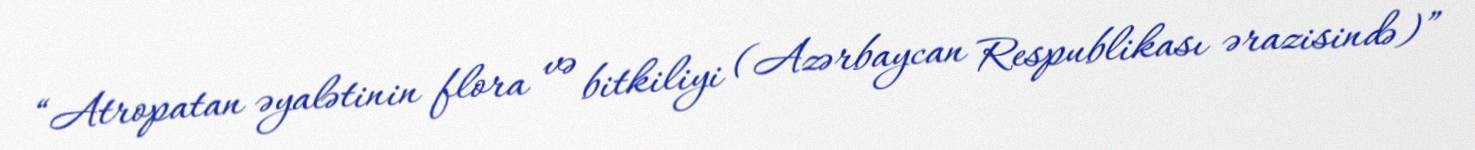
“Atropatan əyalətinin flora və bitkiliyi (Azərbaycan Respublikası ərazisində)”